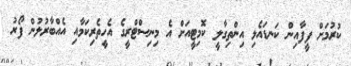
ކުރުމަށް ފީފާއިން ކަނޑައެޅި އިންތިގާލީ ކޮމިޓީއަށް އެ މިނިސްޓްރީގެ އެހީތެރިކަމާއި އެއްބާރުލުން ފޯރު